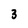
Character: 3